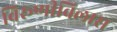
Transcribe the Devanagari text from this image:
विरूणीविलास